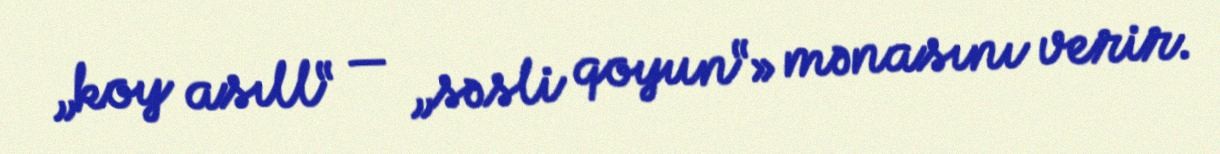
„koy asıll“ — „səsli qoyun“» mənasını verir.